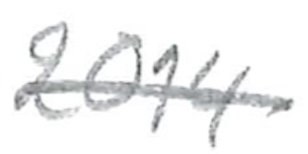
Text: 2014
Cross-out: single-line
Writing tool: pencil